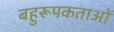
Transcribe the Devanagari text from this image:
बहुरूपकताओं